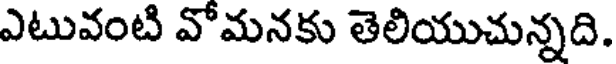
ఎటువంటి వోమనకు తెలియుచున్నది.